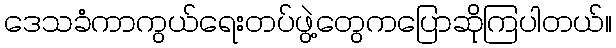
ဒေသခံကာကွယ်ရေးတပ်ဖွဲ့တွေကပြောဆိုကြပါတယ်။